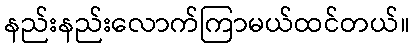
နည်းနည်းလောက်ကြာမယ်ထင်တယ်။